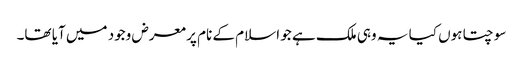
سوچتا ہوں کیا یہ وہی ملک ہے جو اسلام کے نام پر معرض وجود میں آیا تھا۔